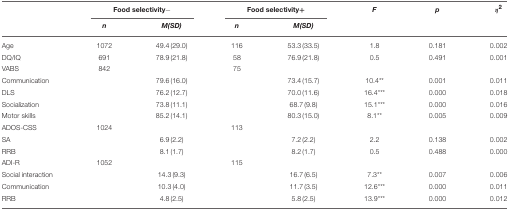
|  | <COLSPAN=2> Food selectivity− | <COLSPAN=2> Food selectivity+ | F | p | η2 |
 |  | n | M(SD) | n | M(SD) |  |  |  |
 | --- | --- | --- | --- | --- | --- | --- | --- |
 | Age | 1072 | 49.4 (29.0) | 116 | 53.3 (33.5) | 1.8 | 0.181 | 0.002 |
 | DQ/IQ | 691 | 78.9 (21.8) | 58 | 76.9 (21.8) | 0.5 | 0.491 | 0.001 |
 | VABS | 842 |  | 75 |  |  |  |  |
 | Communication |  | 79.6 (16.0) |  | 73.4 (15.7) | 10.4** | 0.001 | 0.011 |
 | DLS |  | 76.2 (12.7) |  | 70.0 (11.6) | 16.4*** | 0.000 | 0.018 |
 | Socialization |  | 73.8 (11.1) |  | 68.7 (9.8) | 15.1*** | 0.000 | 0.016 |
 | Motor skills |  | 85.2 (14.1) |  | 80.3 (15.0) | 8.1** | 0.005 | 0.009 |
 | ADOS-CSS | 1024 |  | 113 |  |  |  |  |
 | SA |  | 6.9 (2.2) |  | 7.2 (2.2) | 2.2 | 0.138 | 0.002 |
 | RRB |  | 8.1 (1.7) |  | 8.2 (1.7) | 0.5 | 0.488 | 0.000 |
 | ADI-R | 1052 |  | 115 |  |  |  |  |
 | Social interaction |  | 14.3 (9.3) |  | 16.7 (6.5) | 7.3** | 0.007 | 0.006 |
 | Communication |  | 10.3 (4.0) |  | 11.7 (3.5) | 12.6*** | 0.000 | 0.011 |
 | RRB |  | 4.8 (2.5) |  | 5.8 (2.5) | 13.9*** | 0.000 | 0.012 |